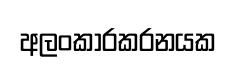
අලංකාරකරනයක